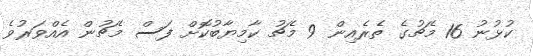
ކުޅުނު 16 މެޗުގެ ތެރެއިން 9 މެޗު ކާމިޔާބުކޮށް ފަސް މެޗުން އެއްވަރުވެ